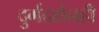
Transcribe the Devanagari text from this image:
दुर्गदर्शनही